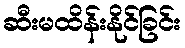
ဆီးမထိန်းနိုင်ခြင်း